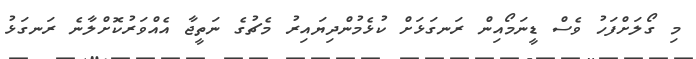
މި ގޯލަށްފަހު ވެސް ޑީނަމޯއިން ރަނގަޅަށް ކުޅެމުންދިޔައިރު މެޗުގެ ނަތީޖާ އެއްވަރުކޮށްލާނެ ރަނގަޅު